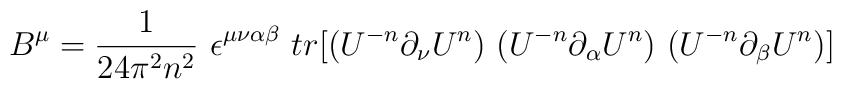
B^\mu= \frac{1}{24\pi^2 n^2}~\epsilon^{\mu\nu\alpha\beta}~tr[ (U^{-n} \partial_\nu U^n)~( U^{-n} \partial_\alpha U^n)~(U^{-n} \partial_\beta U^n) ]